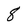
Character: 8